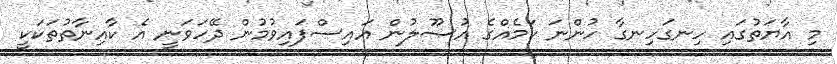
މި އާޔަތުގައި ހިނގަހިނގާ ހުންނަ ކަމެއްގެ އުޞޫލުން އައިސްފައިވުމުން ދޭހަވަނީ އެ ކާއިނާތުތަކަކީ